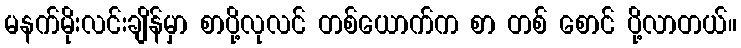
မနက်မိုးလင်းချိန်မှာ စာပို့လုလင် တစ်ယောက်က စာ တစ် စောင် ပို့လာတယ်။